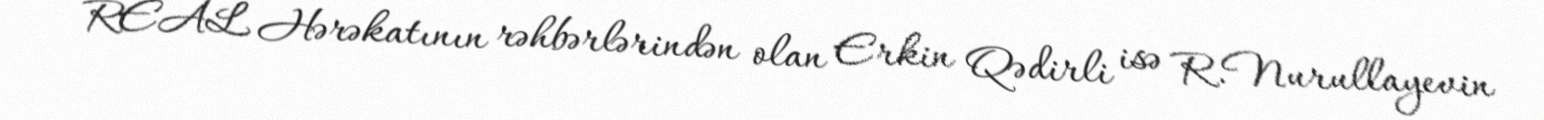
REAL Hərəkatının rəhbərlərindən olan Erkin Qədirli isə R.Nurullayevin